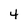
Character: 4